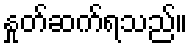
နှုတ်ဆက်ရသည်။